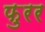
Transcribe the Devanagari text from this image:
फुरर